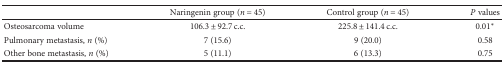
<table><thead><tr><td></td><td><b>Naringenin group (<i>n</i> = 45)</b></td><td><b>Control group (<i>n</i> = 45)</b></td><td><b><i>P</i> values</b></td></tr></thead><tbody><tr><td>Osteosarcoma volume</td><td>106.3 ± 92.7 c.c.</td><td>225.8 ± 141.4 c.c.</td><td>0.01<sup>∗</sup></td></tr><tr><td>Pulmonary metastasis, <i>n</i> (%)</td><td>7 (15.6)</td><td>9 (20.0)</td><td>0.58</td></tr><tr><td>Other bone metastasis, <i>n</i> (%)</td><td>5 (11.1)</td><td>6 (13.3)</td><td>0.75</td></tr></tbody></table>